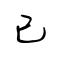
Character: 已